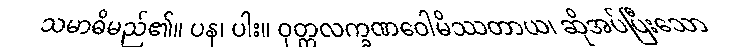
သမာဓိမည်၏။ ပန၊ ပါး။ ဝုတ္တလက္ခဏဝေါမိဿတာယ၊ ဆိုအပ်ပြီးသော